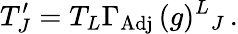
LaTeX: T_{J}^{\prime}=T_{L}\Gamma_{\mathrm{Adj}}\, (g)^{L}{}_{J}\, .